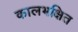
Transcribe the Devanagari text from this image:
कालभक्षित